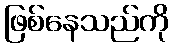
ဖြစ်နေသည်ကို